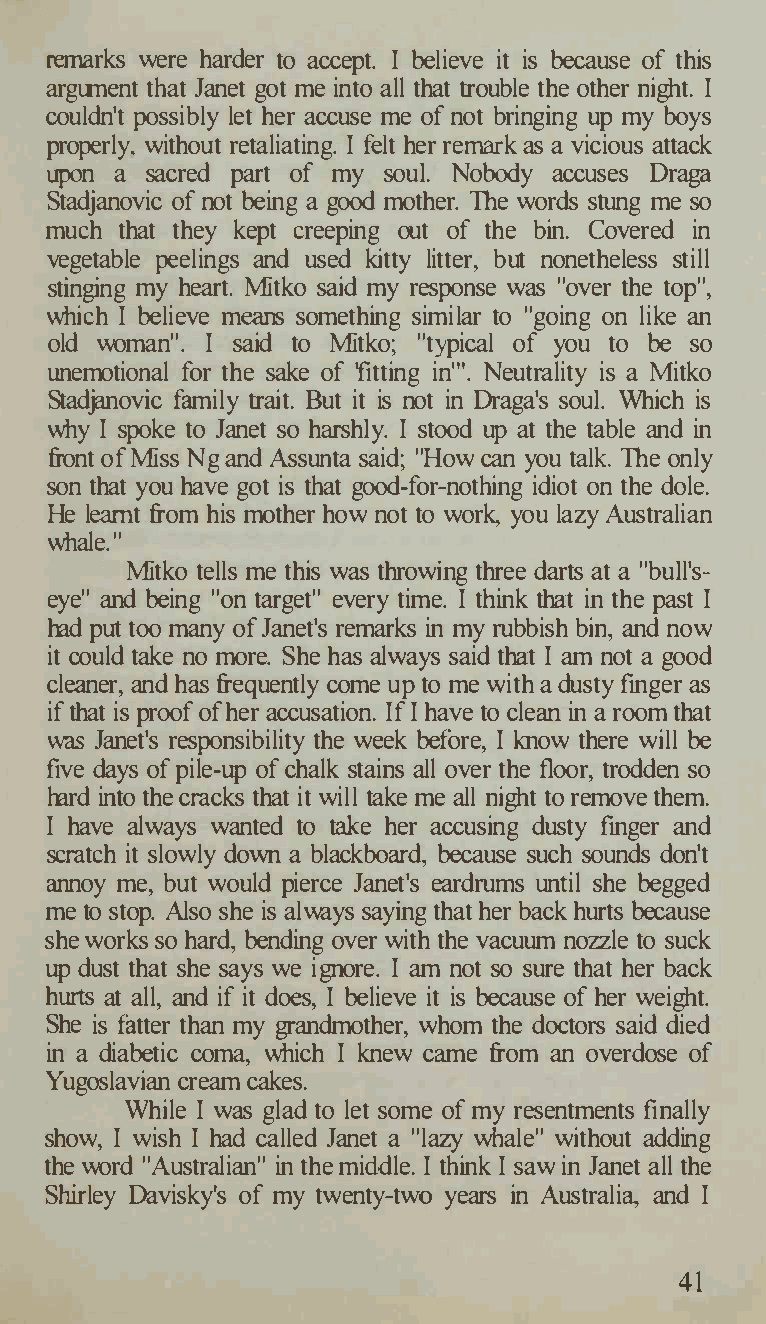
remarks were harder to accept. I believe it is because of this
 argument that Janet got me into all that trouble the other night. I
 couldn't possibly let her accuse me of not bringing up my boys
 properly, without retaliating. I felt her remark as a vicious attack
 upon a sacred part of my soul. Nobody accuses Draga
 Stadjanovic of not being a good mother. The words stung me so
 much that they kept creeping out of the bin. Covered in
 vegetable peelings and used kitty litter, but nonetheless still
 stinging my heart. l\.1itko said my response was "over the top",
 which I believe means something similar to "going on like an
 old woman". I said to l\.1itko; "typical of you to be so
 unemotional for the sake of 'fitting in"'. Neutrality is a l\.1itko
 Stadjanovic family trait. But it is not in Draga's soul. Which is
 why I spoke to Janet so harshly. I stood up at the table and in
 front of l\.1iss Ng and Assunta said; "How can you talk The only
 son that you have got is that good-for-nothing idiot on the dole.
 He learnt from his mother how not to work, you lazy Australian
 whale."
 l\.1itko tells me this was throwing three darts at a "bull's­
 eye" and being "on target" every time. I think that in the past I
 had put too many of Janet's remarks in my rubbish bin, and now
 it could take no more. She has always said that I am not a good
 cleaner, and has frequently come up to me with a dusty finger as
 if that is proof of her accusation. If I have to clean in a room that
 was Janet's responsibility the week before, I know there will be
 five days of pile-up of chalk stains all over the floor, trodden so
 hard into the cracks that it will take me all night to remove them.
 I have always wanted to take her accusing dusty finger and
 scratch it slowly down a blackboard, because such sounds don't
 annoy me, but would pierce Janet's eardrums until she begged
 me to stop. Also she is always saying that her back hurts because
 she works so hard, bending over with the vacuum nozzle to suck
 up dust that she says we ignore. I am not so sure that her back
 hurts at all, and if it does, I believe it is because of her weight.
 She is fatter than my grandmother, whom the doctors said died
 in a diabetic coma, which I knew came from an overdose of
 Yugoslavian cream cakes.
 While I was glad to let some of my resentments finally
 show, I wish I had called Janet a "lazy whale" without adding
 the word "Australian" in the middle. I think I saw in Janet all the
 Shirley Davisky's of my twenty-two years in Australia, and I
 41